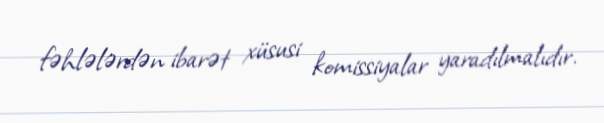
fəhlələrdən ibarət xüsusi komissiyalar yaradılmalıdır.